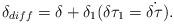
LaTeX: \begin{align*}\delta _{diff} =\delta + \delta _{1} (\delta \tau _{1} =\dot{ \delta \tau}) .\end{align*}